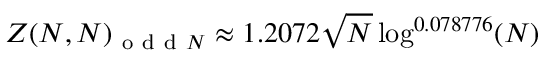
\begin{array} { r } { Z ( N , N ) _ { \mathrm { ~ o ~ d ~ d ~ } N } \approx 1 . 2 0 7 2 \sqrt { N } \log ^ { 0 . 0 7 8 7 7 6 } ( N ) } \end{array}